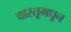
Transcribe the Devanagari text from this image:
वास्तूमधून